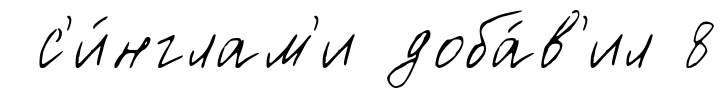
с'и́нглам'и доба́в'ил 8